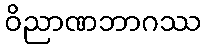
ဝိညာဏဘာဂဿ